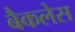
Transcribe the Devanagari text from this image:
बैकलेस